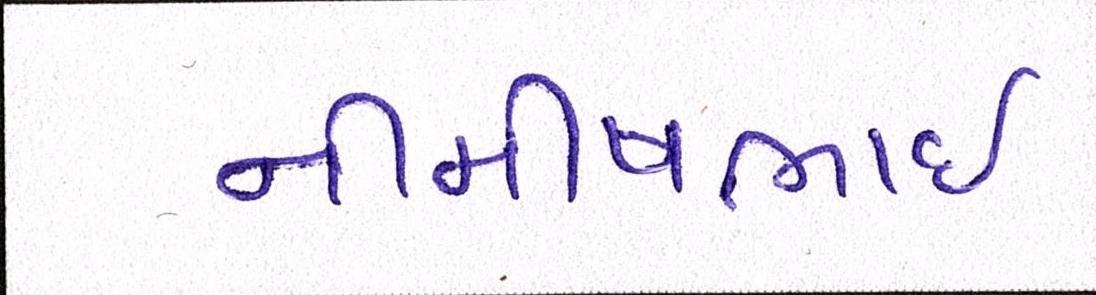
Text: નીમીષભાઈ